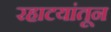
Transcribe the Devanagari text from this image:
रहाटयांतून